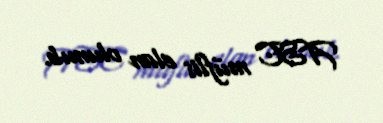
ASC müflis elan olunub.